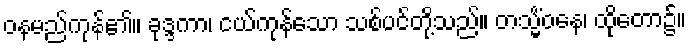
ဝနမည်ကုန်၏။ ခုဒ္ဒကာ၊ ငယ်ကုန်သော သစ်ပင်တို့သည်။ တသ္မိံဝနေ၊ ထိုတော၌။